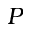
P